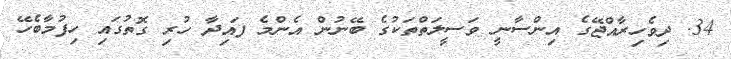
34. ދިވެހިރާއްޖޭގެ އިންސާނީ ވަސީލަތްތަކުގެ ބޭނުން އެންމެ ފައިދާ ހުރި ގޮތުގައި ހިފުމާބެހޭ